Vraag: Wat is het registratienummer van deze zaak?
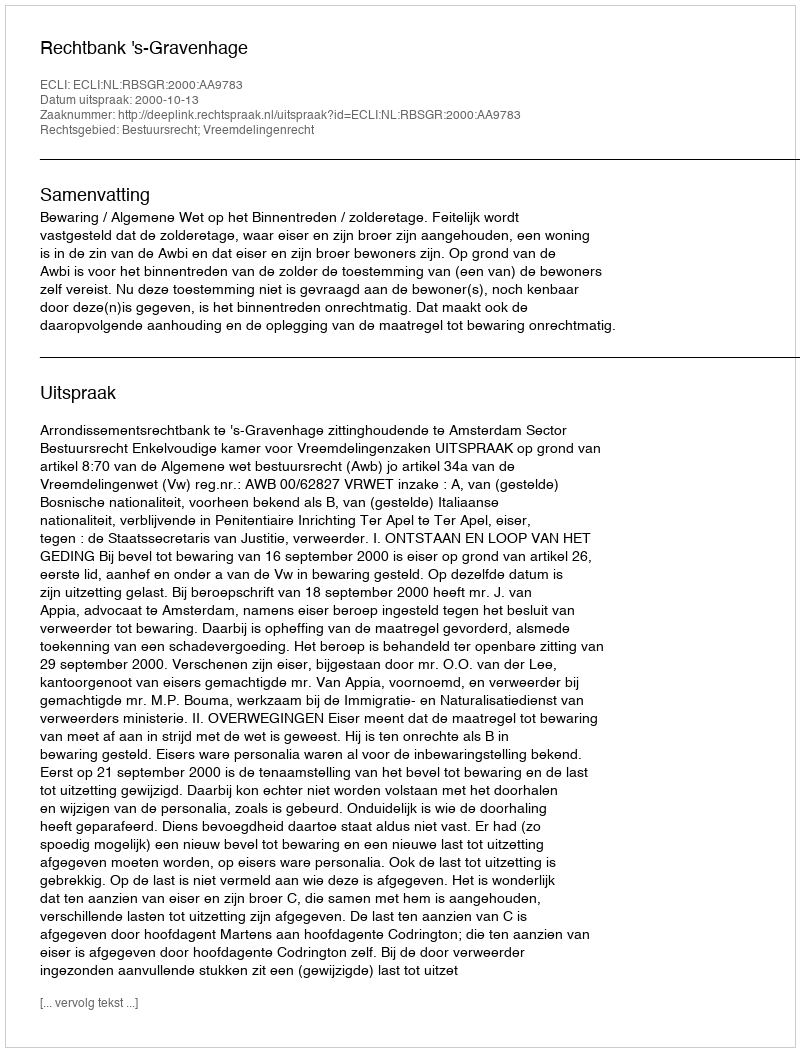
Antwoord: http://deeplink.rechtspraak.nl/uitspraak?id=ECLI:NL:RBSGR:2000:AA9783